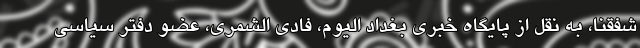
شفقنا، به نقل از پایگاه خبری بغداد الیوم، فادی الشمری، عضو دفتر سیاسی